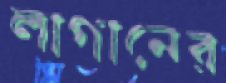
লাগানের